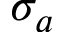
\sigma _ { a }